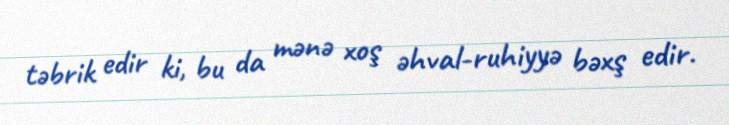
təbrik edir ki, bu da mənə xoş əhval-ruhiyyə bəxş edir.